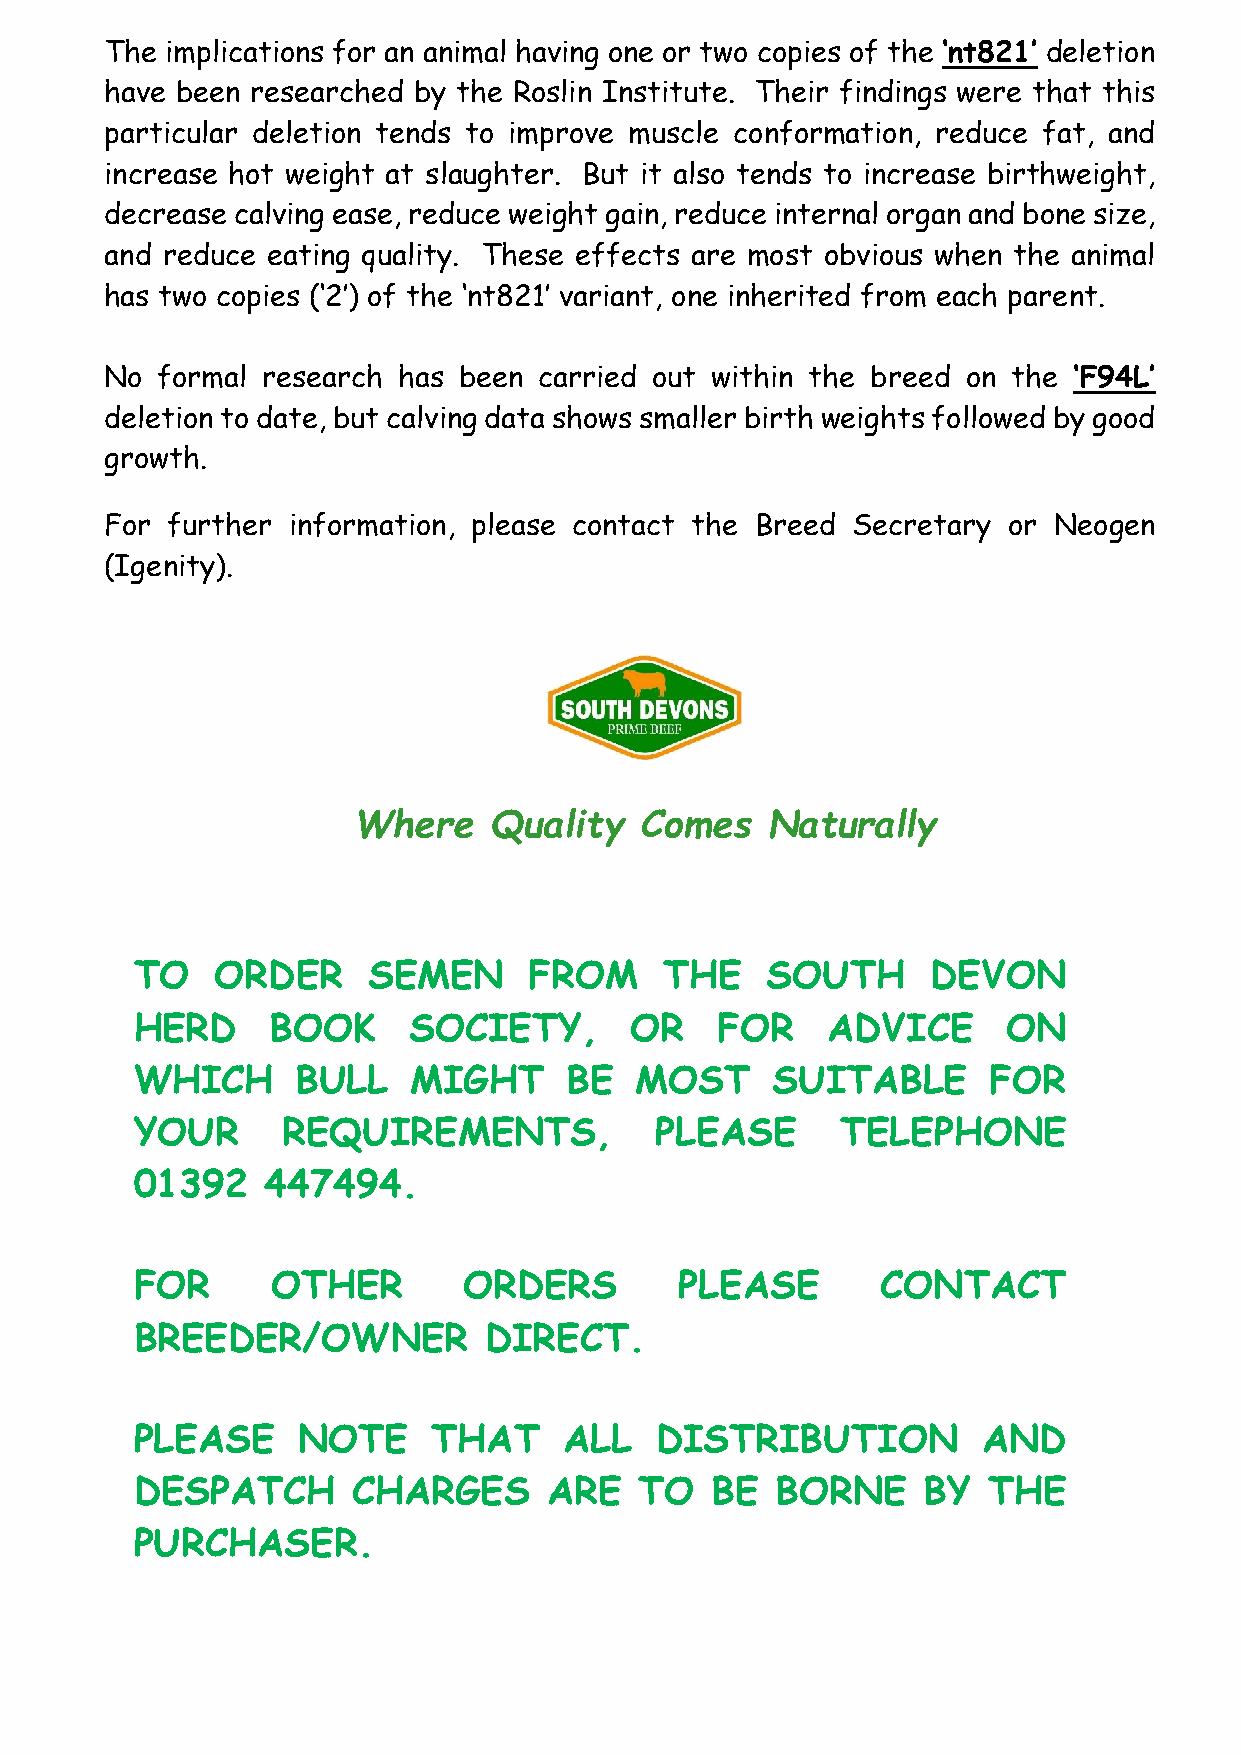
The implications for an animal having one or two copies of the ‘nt821’ deletion
 have been researched by the Roslin Institute. Their findings were that this
 particular deletion tends to improve muscle conformation, reduce fat, and
 increase hot weight at slaughter. But it also tends to increase birthweight,
 decrease calving ease, reduce weight gain, reduce internal organ and bone size,
 and reduce eating quality. These effects are most obvious when the animal
 has two copies (‘2’) of the ‘nt821’ variant, one inherited from each parent.
 No formal research has been  carried out within the breed on the ‘F94L’
 deletion to date, but calving data shows smaller birth weights followed by good
 growth.
 For further information, please contact the Breed Secretary or Neogen
 (Igenity).
 Where     Quality  Comes    Naturally
 TO   ORDER     SEMEN      FROM     THE    SOUTH      DEVON
 HERD     BOOK     SOCIETY,       OR   FOR     ADVICE      ON
 WHICH      BULL   MIGHT     BE   MOST     SUITABLE       FOR
 YOUR      REQUIREMENTS,           PLEASE       TELEPHONE
 01392   447494.
 FOR      OTHER        ORDERS        PLEASE       CONTACT
 BREEDER/OWNER          DIRECT.
 PLEASE     NOTE     THAT    ALL   DISTRIBUTION          AND
 DESPATCH      CHARGES      ARE   TO   BE  BORNE     BY  THE
 PURCHASER.